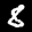
Label: 8